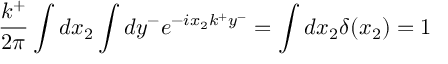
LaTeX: \frac { k ^ { + } } { 2 \pi } \int d x _ { 2 } \int d y ^ { - } e ^ { - i x _ { 2 } k ^ { + } y ^ { - } } = \int d x _ { 2 } \delta ( x _ { 2 } ) = 1